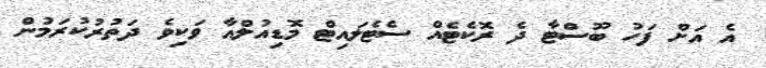
އެ އަށް ފަހު ބޫސްޓާ ދެ ރޮކެޓެއް ސެޓެލައިޓް މޮޑިއުލްއާ ވަކިވެ ދަތުރުކުރަމުން